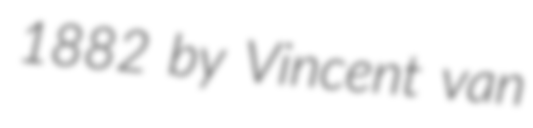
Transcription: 1882 by Vincent van